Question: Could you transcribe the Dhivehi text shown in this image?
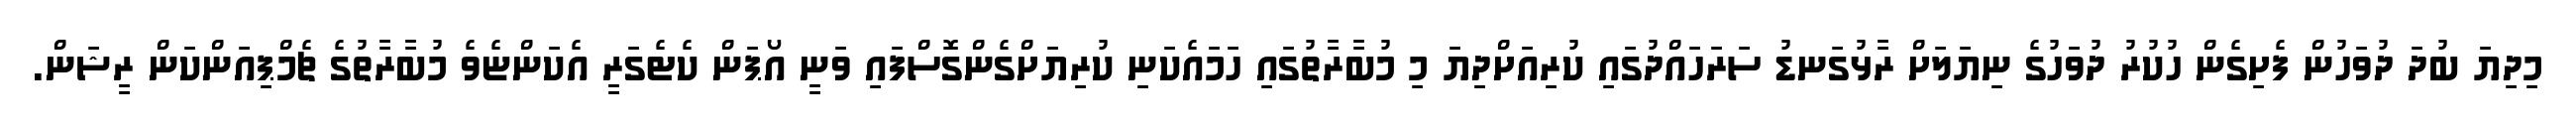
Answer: މިދިޔަ ބުދަ ދުވަހުން ފެށިގެން ހުކުރު ދުވަހުގެ ނިޔަލަށް ރާޅުގަނޑު ސަރަހައްދުގައި ކުރިއަށްދިޔަ މި މުބާރާތުގައި ހަމައެކަނި ކުރިޔަށްގެންގޮސްފައި ވަނީ އޯޕަން ކެޓެގަރީ އެކަންޏެވެ މުބާރާތުގެ ޗެމްޕިއަންކަން ރީޝަން.